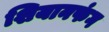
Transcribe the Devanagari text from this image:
शियानफंग